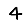
Digit: 4